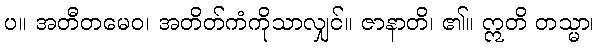
ပ။ အတီတမေဝ၊ အတိတ်ကံကိုသာလျှင်။ ဇာနာတိ၊ ၏။ ဣတိ တသ္မာ၊